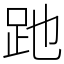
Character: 𧿇